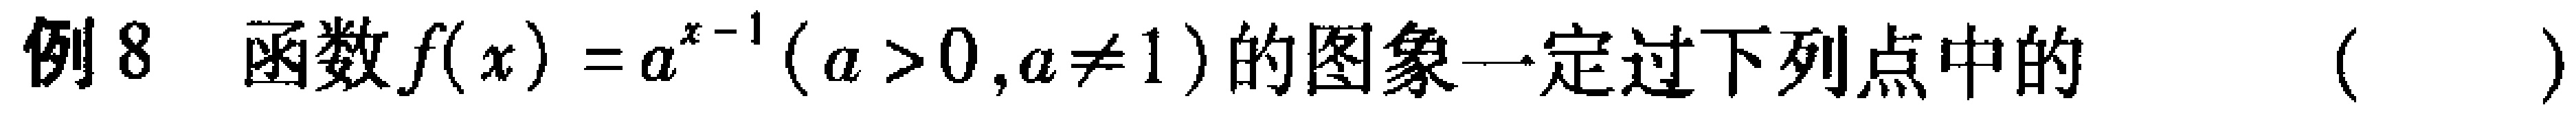
例8 函数\(f(x)=a^{x - 1}(a>0,a\neq1)\)的图象一定过下列点中的 （  ）